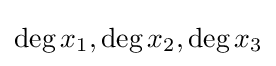
\deg x_{1},\deg x_{2},\deg x_{3}